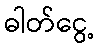
ဓါတ်ငွေ့